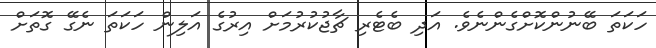
ހަކަތަ ބޭނުންކޮށްގެންނެވެ. އަދި ބެޓެރި ޗާޖުކުރުމަށް އިރުގެ އަލިން ހަކަތަ ނެގޭ ގޮތަށް